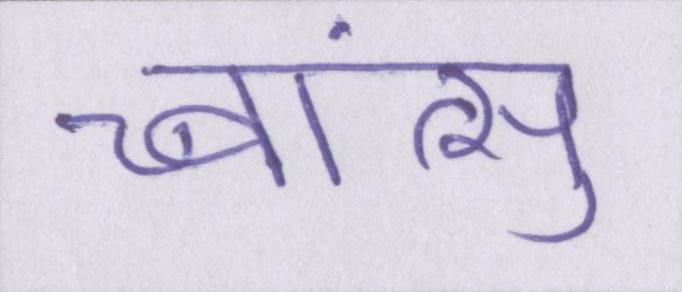
च्वांत्सु